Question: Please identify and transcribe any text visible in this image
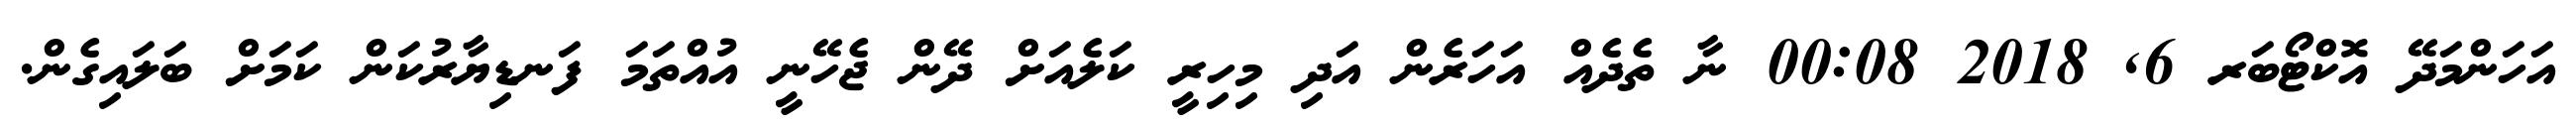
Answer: އަހަންމަދޭ އޮކްޓޯބަރ 6, 2018 00:08 ނާ ތެދެއް އަހަރެން އަދި މިހިރީ ކަލެއަށް ދޭން ޖެހޭނީ އުއްތަމަ ފަނޑިޔާރުކަން ކަމަށް ބަލައިގެން.